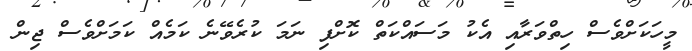
މީހަކަށްވެސް ހިތްވަރާއި އެކު މަސައްކަތް ކޮށްފި ނަމަ ކުރެވޭނެ ކަމެއް ކަމަށްވެސް ޖިން